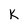
Character: k